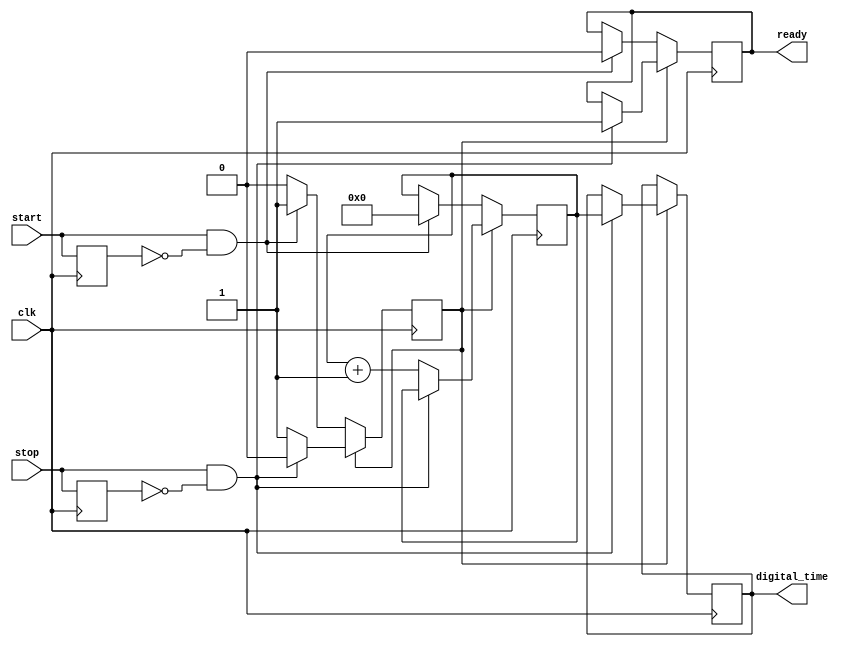
module TDC(
    input wire clk,         // High-resolution clock
    input wire start,       // Start signal
    input wire stop,        // Stop signal
    output reg [11:0] digital_time, // Output digital time
    output reg ready        // Indicates output is ready
);
    
    reg [11:0] counter;      // Counter for clock cycles
    reg measuring;           // State flag for measurement
    reg start_ff;           // Edge detection for start signal
    reg stop_ff;            // Edge detection for stop signal

    // Rising edge detection for START and STOP signals
    always @(posedge clk) begin
        start_ff <= start; 
        stop_ff <= stop; 
    end

    // Timing measurement state machine
    always @(posedge clk) begin
        if (measuring) begin
            if (stop && !stop_ff) begin // STOP edge detected
                measuring <= 0;         // Stop measuring
                digital_time <= counter; // Capture final counter value
                ready <= 1;              // Signal that the result is ready
            end else begin
                counter <= counter + 1; // Increment counter while measuring
            end
        end else begin
            if (start && !start_ff) begin // START edge detected
                measuring <= 1;           // Begin measurement
                counter <= 0;             // Reset counter
                ready <= 0;               // Clear ready signal
            end 
        end
    end

    // Initialization on reset (optional)
    initial begin
        counter = 0;
        measuring = 0;
        ready = 0;
    end

endmodule